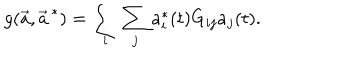
LaTeX: g ( \vec { a } , \vec { a } ^ { \, * } ) = \sum _ { i } \sum _ { j } a _ { i } ^ { * } ( t ) G _ { i j } a _ { j } ( t ) .